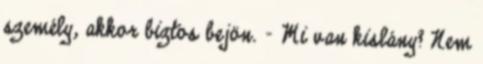
személy, akkor biztos bejön. - Mi van kislány? Nem